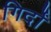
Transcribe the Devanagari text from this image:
गिर्दों